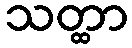
သတ္ထာ